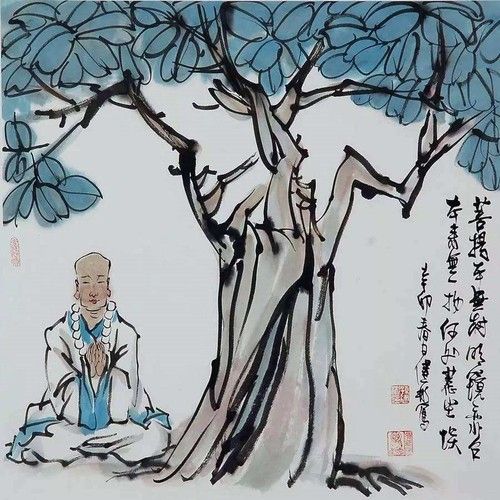
人行明镜中，鸟度屏风里。